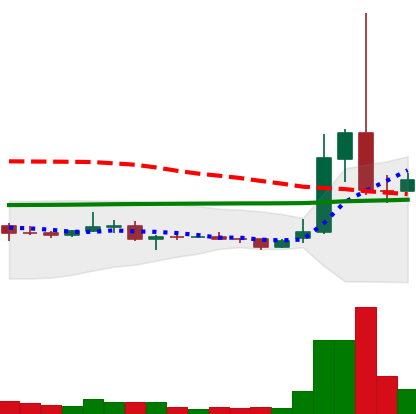
Ticker: XRP-USD
Chart end date: 2021-02-03
Forward return: 13.777%
Label: up_7plus